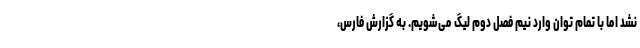
نشد اما با تمام توان وارد نیم فصل دوم لیگ می‌شویم. به گزارش فارس،